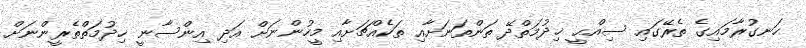
ހަނގުރާމައިގެ ތެރޭގައި ސިއްޙީ ޚިދުމަތްދޭ ތަންތަނަށާއި ތަކެއްޗަށާއި މީހުންނަށް އަދި އިންސާނީ ޚިދުމަތްތެރީންނަށް